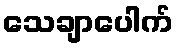
သေချာပေါက်